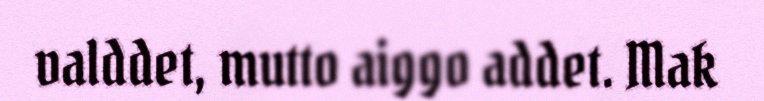
valddet, mutto aiggo addet. Mak